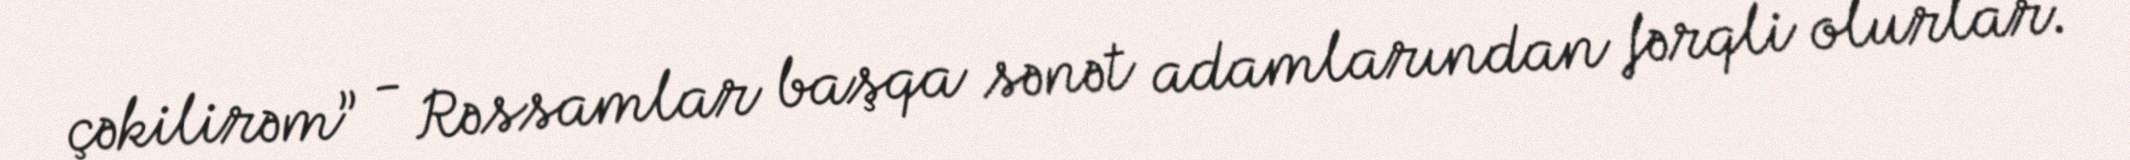
çəkilirəm” - Rəssamlar başqa sənət adamlarından fərqli olurlar.